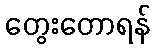
တွေးတောရန်